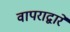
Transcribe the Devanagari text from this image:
वापराद्वारे